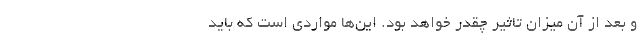
و بعد از آن میزان تاثیر چقدر خواهد بود. این‌ها مواردی است که باید